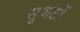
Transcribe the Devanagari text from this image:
सुभटों